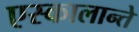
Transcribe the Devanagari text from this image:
एस्कालान्ते